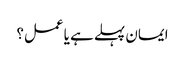
ایمان پہلے ہے یا عمل؟